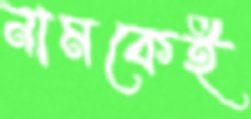
নামকেই